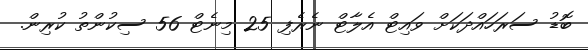
ބޮޑު ސަރަހައްދަކަށް ވައިޓް އެލާޓް ނެރެފި 25 މިނެޓް 56 ސިކުންތު ކުރިން.